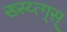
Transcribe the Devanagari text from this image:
ख्स्य्त्ग्स्